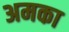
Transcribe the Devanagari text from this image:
अमका